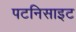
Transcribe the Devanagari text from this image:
पटनिसाइट